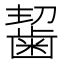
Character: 𪘂